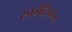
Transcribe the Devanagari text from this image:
स्पर्मैटिकोज